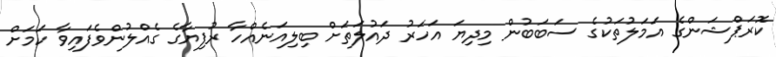
ކޮރަޕްޝަންގެ އަމަލުތަކުގެ ސަބަބުން މިދިޔަ އަހަރު ދައުލަތަށް ބިލިއަނެއްހާ ރުފިޔާގެ ގެއްލުންވެފައިވާ ކަމަށް